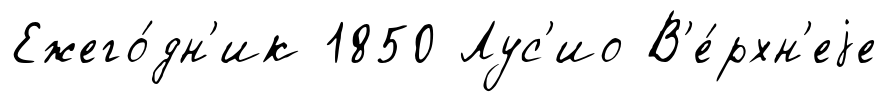
Ежего́дн'ик 1850 Лус'ио В'е́рхн'еjе